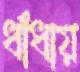
ধাঁধায়